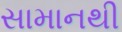
સામાનથી